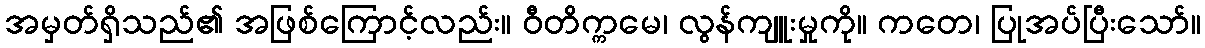
အမှတ်ရှိသည်၏ အဖြစ်ကြောင့်လည်း။ ဝီတိက္ကမေ၊ လွန်ကျူးမှုကို။ ကတေ၊ ပြုအပ်ပြီးသော်။